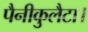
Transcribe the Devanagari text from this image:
पैनीकुलैटा।